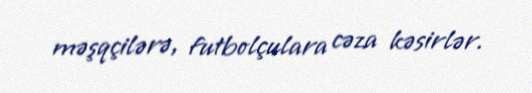
məşqçilərə, futbolçulara cəza kəsirlər.